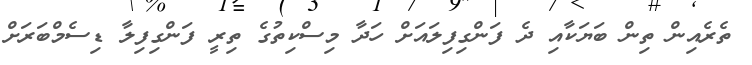
ތެރެއިން ތިން ބަޔަކާއި ދެ ފަންގިފިލައަށް ހަދާ މިސްކިތުގެ ތިރީ ފަންގިފިލާ ޑިސެމްބަރަށް